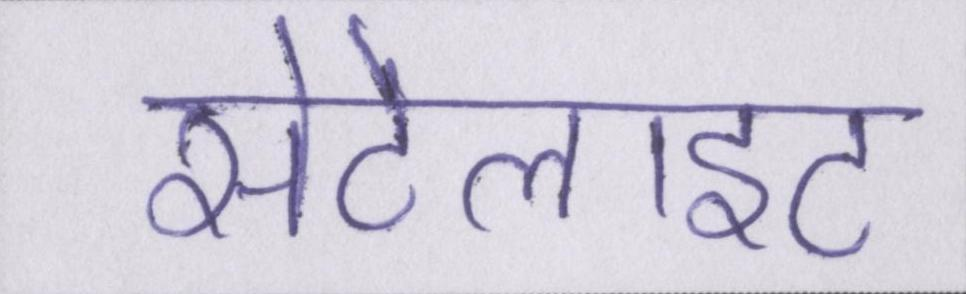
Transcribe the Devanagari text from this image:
सेटेलाइट